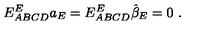
E _ { A B C D } ^ { E } a _ { E } = E _ { A B C D } ^ { E } \hat { \beta } _ { E } = 0 \ .